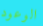
الوعود